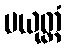
ပယုတ္တံ